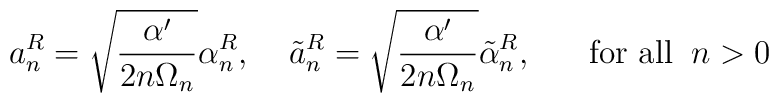
a^R_n=\sqrt{\frac{\alpha'}{2n\Omega_n}}\alpha^R_n,\;\;\;\;\tilde{a}^R_n=\sqrt{\frac{\alpha'}{2n\Omega_n}}\tilde{\alpha}^R_n,\;\;\;\;\;\;\mbox{for all}\;\;n>0